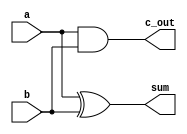

module half_add(
    output sum,
    output c_out,
    input a,
    input b
    );

    xor (sum,a,b);
    and (c_out,a,b);

endmodule